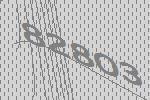
82803